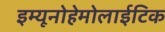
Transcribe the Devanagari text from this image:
इम्यूनोहेमोलाईटिक